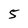
Character: 5